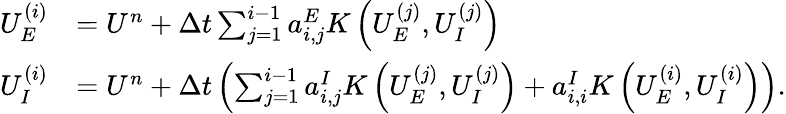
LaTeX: \begin{array}{rl}{U_{E}^{(i)}}&{=U^{n}+\Delta t\sum_{j=1}^{i-1}a_{i,j}^{E}K\left(U_{E}^{(j)},U_{I}^{(j)}\right)}\\ {U_{I}^{(i)}}&{=U^{n}+\Delta t\left(\sum_{j=1}^{i-1}a_{i,j}^{I}K\left(U_{E}^{(j)},U_{I}^{(j)}\right)+a_{i,i}^{I}K\left(U_{E}^{(i)},U_{I}^{(i)}\right)\right).}\end{array}